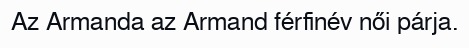
Az Armanda az Armand férfinév női párja.